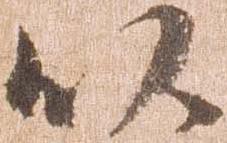
以